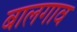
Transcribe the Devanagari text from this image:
बालगाव